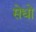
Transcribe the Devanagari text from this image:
सेधो